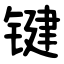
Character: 键